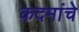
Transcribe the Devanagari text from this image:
कदमांचे